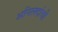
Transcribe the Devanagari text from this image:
अनिलदांची